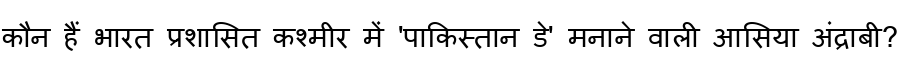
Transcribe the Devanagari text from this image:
कौन हैं भारत प्रशासित कश्मीर में 'पाकिस्तान डे' मनाने वाली आसिया अंद्राबी?